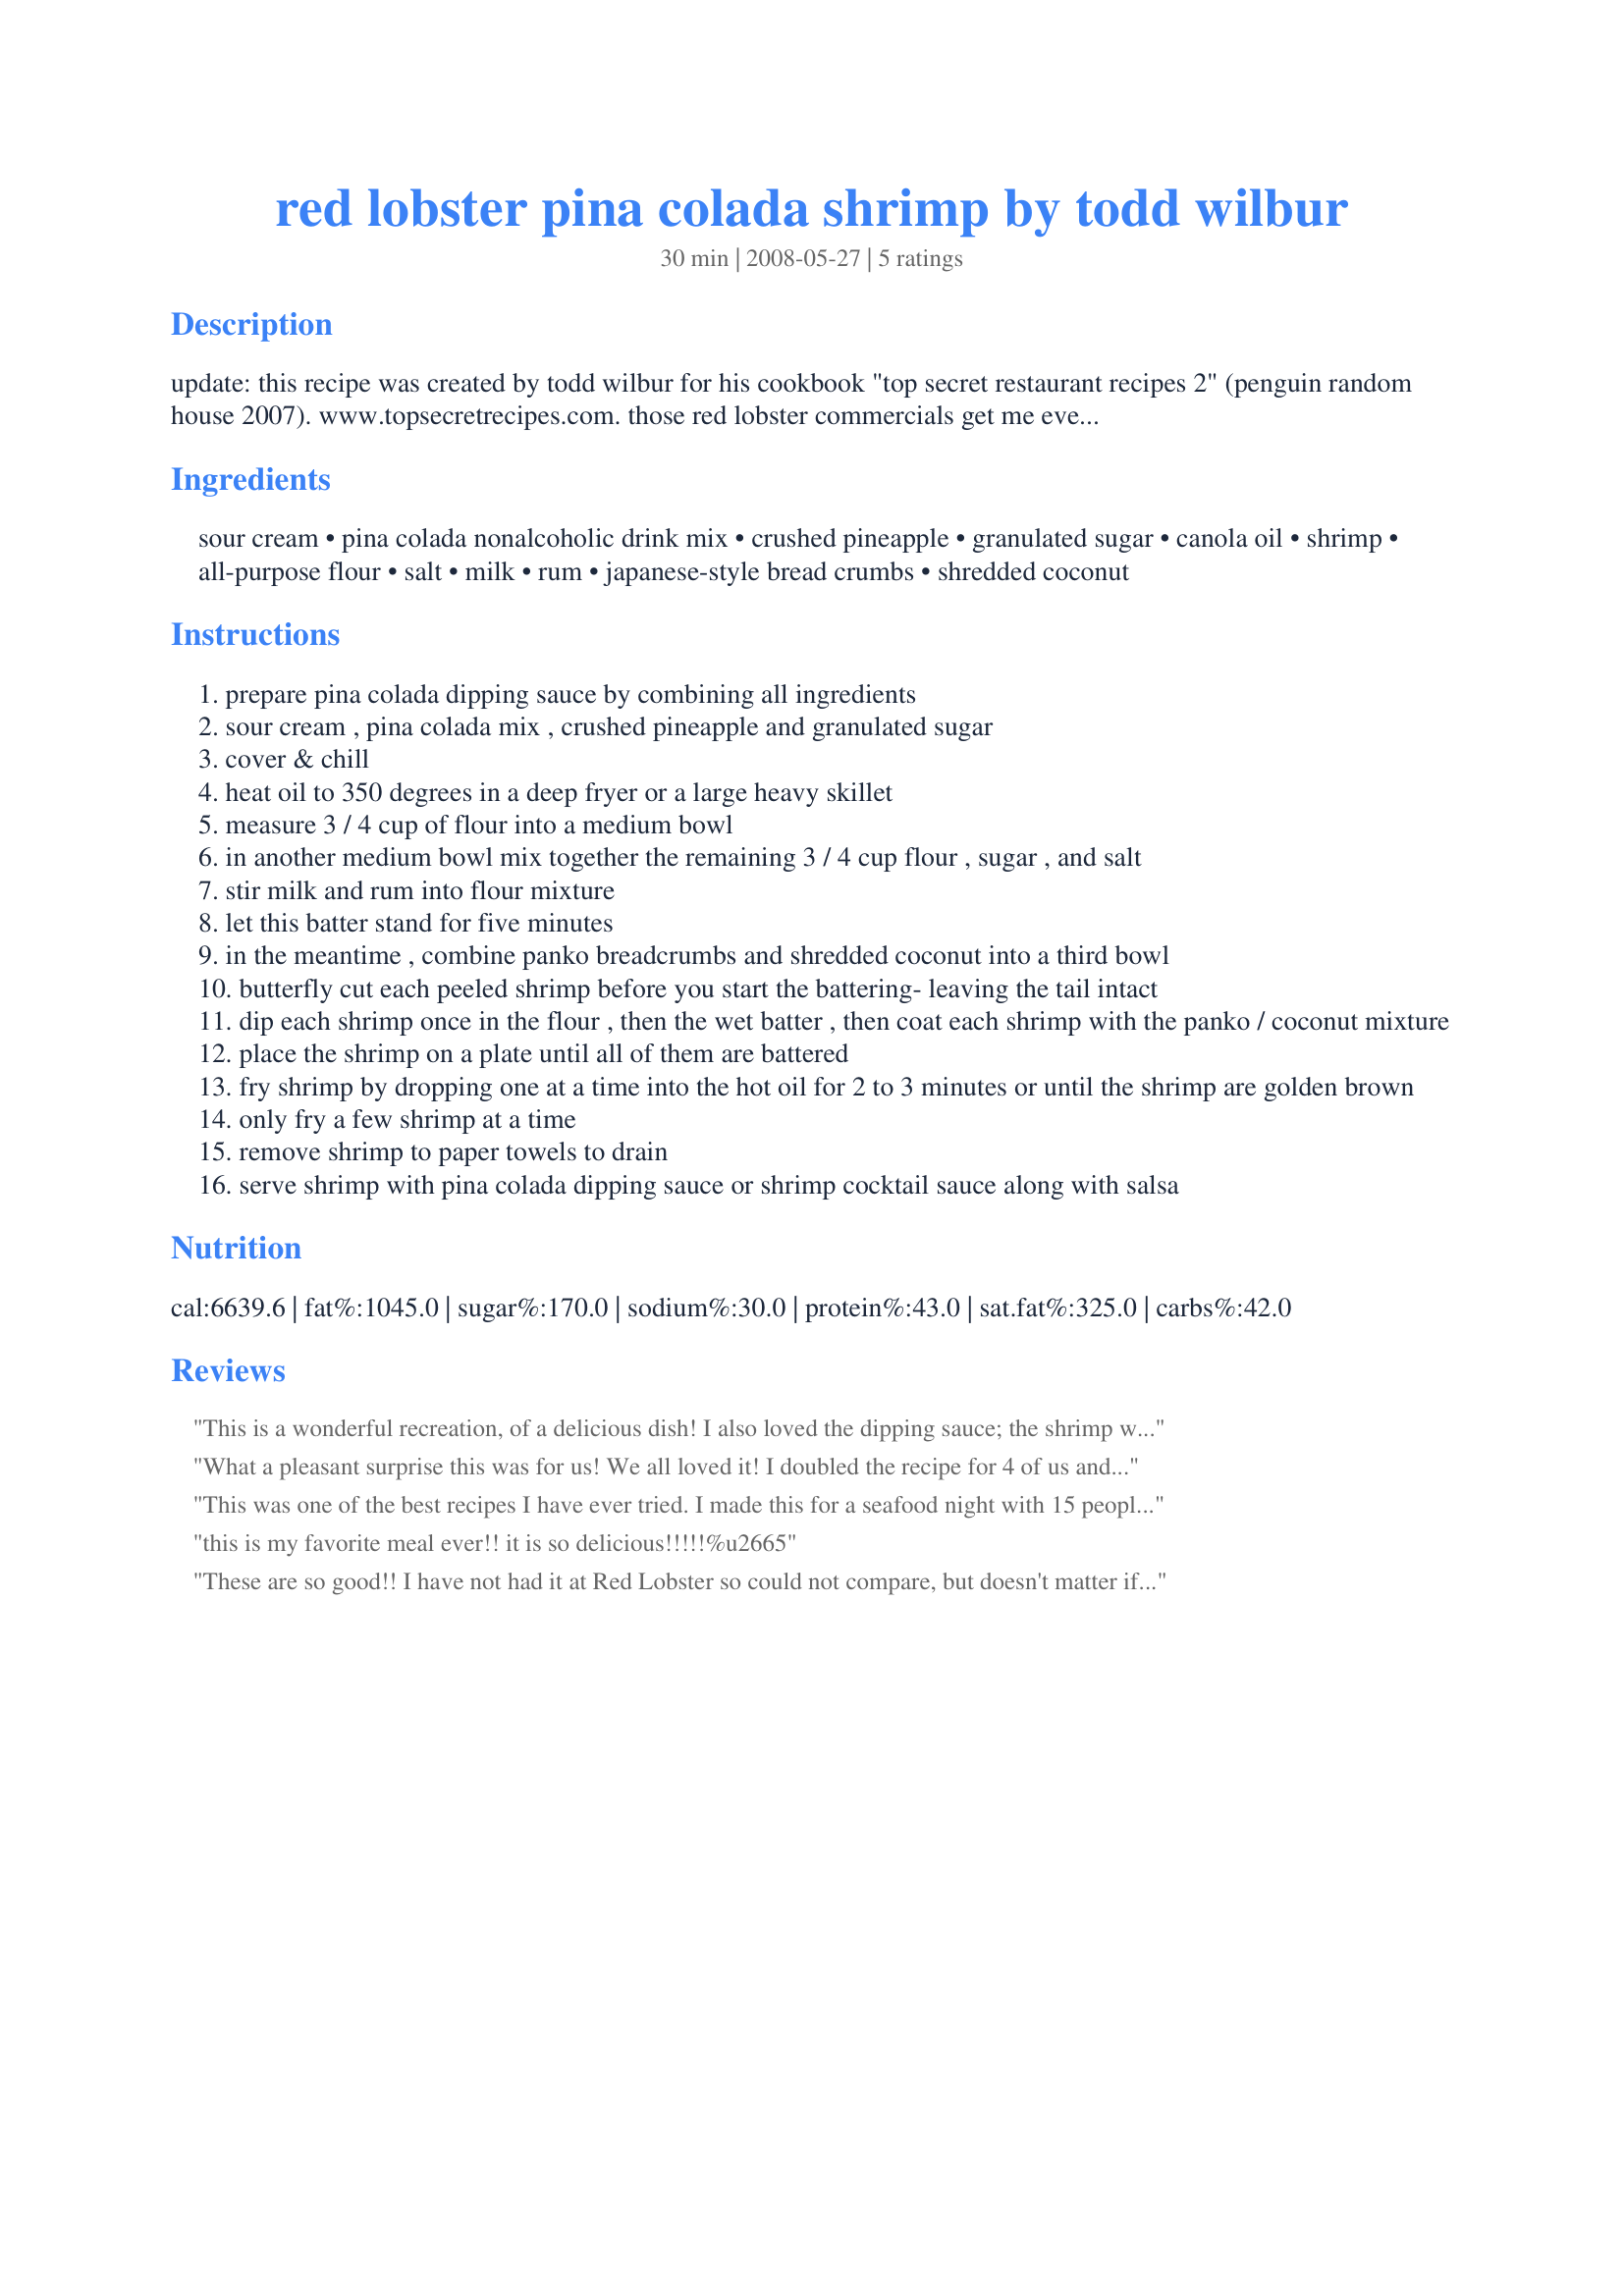
red lobster pina colada shrimp by todd wilbur
Preparation time: 30 minutes

update: this recipe was created by todd wilbur for his cookbook "top secret restaurant recipes 2" (penguin random house 2007). www.topsecretrecipes.com.

those red lobster commercials get me every time. just can’t resist those visuals of endless shrimp, crab legs and lobster tails! now i have said it before, that i’m not a huge seafood fan, but i do love shrimp. cook this recipe for someone special, fix a nice cocktail, close your eyes and imagine yourself sitting on a sunny beach. ahhhhh…summer will be here sooner than you think.

Ingredients:
sour cream, pina colada nonalcoholic drink mix, crushed pineapple, granulated sugar, canola oil, shrimp, all-purpose flour, salt, milk, rum, japanese-style bread crumbs, shredded coconut

Steps:
prepare pina colada dipping sauce by combining all ingredients
sour cream , pina colada mix , crushed pineapple and granulated sugar
cover & chill
heat oil to 350 degrees in a deep fryer or a large heavy skillet
measure 3 / 4 cup of flour into a medium bowl
in another medium bowl mix together the remaining 3 / 4 cup flour , sugar , and salt
stir milk and rum into flour mixture
let this batter stand for five minutes
in the meantime , combine panko breadcrumbs and shredded coconut into a third bowl
butterfly cut each peeled shrimp before you start the battering- leaving the tail intact
dip each shrimp once in the flour , then the wet batter , then coat each shrimp with the panko / coconut mixture
place the shrimp on a plate until all of them are battered
fry shrimp by dropping one at a time into the hot oil for 2 to 3 minutes or until the shrimp are golden brown
only fry a few shrimp at a time
remove shrimp to paper towels to drain
serve shrimp with pina colada dipping sauce or shrimp cocktail sauce along with salsa

Reviews:
This is a wonderful recreation, of a delicious dish! I also loved the dipping sauce; the shrimp were yummy too! :) Now, this may be hard to believe, but I'm not a big coconut fan, although this is my fave way to eat fried shrimp! Sorry to say that RL will not be making near as much money off of me! Thanks for sharing, Brandess!
What a pleasant surprise this was for us! We all loved it! I doubled the recipe for 4 of us and I wish I had made more. We will have this again and again, as we love shrimp and I am always searching for new ways to prepare it. Thank you!
This was one of the best recipes I have ever tried. I made this for a seafood night with 15 people. I had my brother asking me to leave the dipping sauce for the next day as he loved it so much. Every single person around my table tonight raved about this. I am just gutted I could not get a photo it looked so good, but because I made this at my mums, I completely forgot the camera. I will be making this again and hopefully I will get a great photo soon. A definite winner Brandess!!!
this is my favorite meal ever!! it is so delicious!!!!!%u2665
These are so good!! I have not had it at Red Lobster so could not compare, but doesn't matter if they taste the same, they are good to me! Made with some giant shrimps and when I butterflied them they looked HUGE and held a lot of coating. Made as written except the sauce. I didn't have crushed pineapple so I used fresh and mixed all the sauce ingredients in the blender. Made for 2011 Best of Cookbook tag.
